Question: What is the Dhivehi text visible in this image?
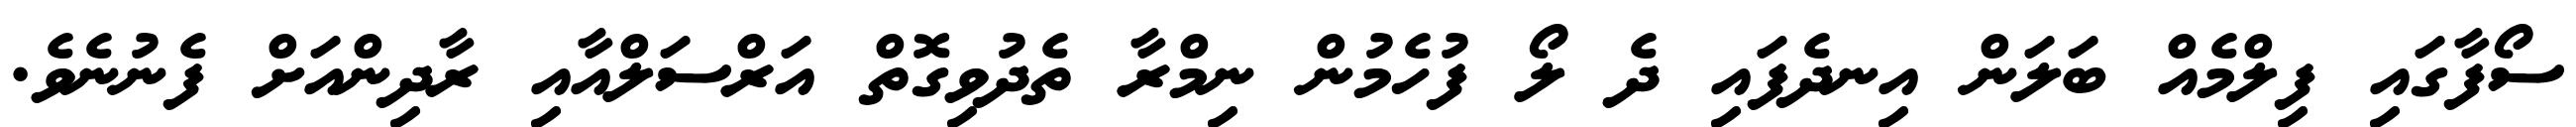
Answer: ސޯފާގައި ފިލްމެއް ބަލަން އިނދެފައި ދެ ލޯ ފުހެމުން ނިމްރާ ތެދުވިގޮތް އަރްސަލްއާއި ރާދިންއަށް ފެނުނެވެ.